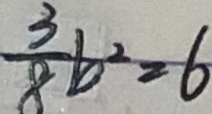
\frac { 3 } { 8 } b ^ { 2 } = 6